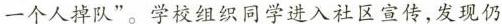
一个人掉队”。学校组织同学进入社区宣传，发现仍